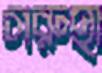
গরুহা